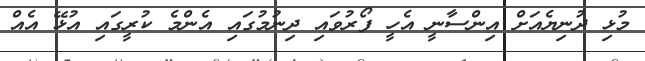
މުޅި ދުނިޔެއަށް އިންސާނީ އެހީ ފޯރުވައި ދިނުމުގައި އެންމެ ކުރީގައި އުޅޭ އެއް